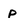
Character: p